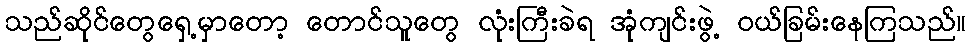
သည်ဆိုင်တွေရှေ့မှာတော့ တောင်သူတွေ လုံးကြီးခဲရ အုံကျင်းဖွဲ့ ဝယ်ခြမ်းနေကြသည်။